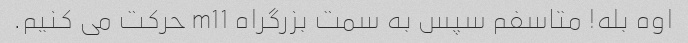
اوه بله! متاسفم سپس به سمت بزرگراه m11 حرکت می کنیم.